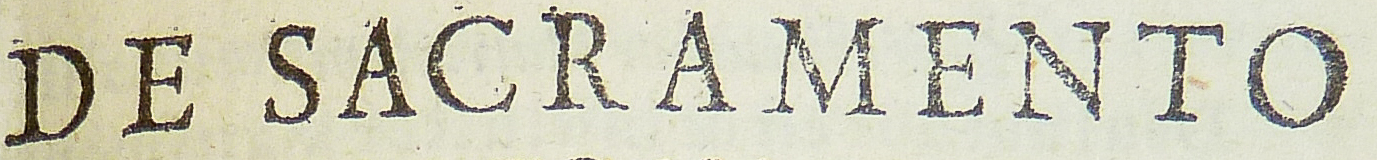
DE SACRAMENTO